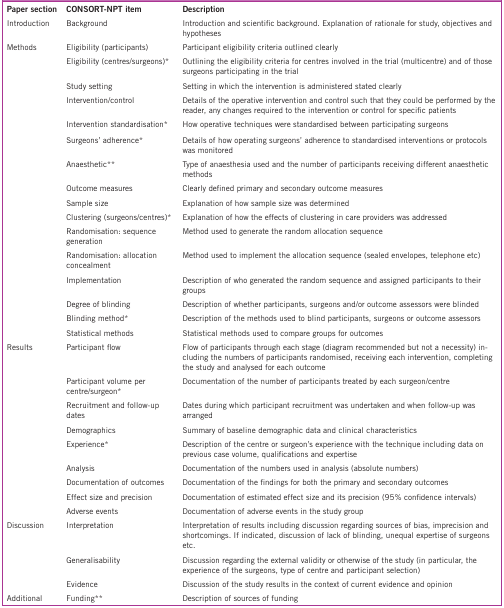
<table><thead><tr><td><b>Paper section</b></td><td><b>CONSORT-NPT item</b></td><td><b>Description</b></td></tr></thead><tbody><tr><td>Introduction</td><td>Background</td><td>Introduction and scientific background. Explanation of rationale for study, objectives and hypotheses</td></tr><tr><td>Methods</td><td>Eligibility (participants)</td><td>Participant eligibility criteria outlined clearly</td></tr><tr><td> </td><td>Eligibility (centres/surgeons)*</td><td>Outlining the eligibility criteria for centres involved in the trial (multicentre) and of those surgeons participating in the trial</td></tr><tr><td> </td><td>Study setting</td><td>Setting in which the intervention is administered stated clearly</td></tr><tr><td> </td><td>Intervention/control</td><td>Details of the operative intervention and control such that they could be performed by the reader, any changes required to the intervention or control for specific patients</td></tr><tr><td> </td><td>Intervention standardisation*</td><td>How operative techniques were standardised between participating surgeons</td></tr><tr><td> </td><td>Surgeons’ adherence*</td><td>Details of how operating surgeons’ adherence to standardised interventions or protocols was monitored</td></tr><tr><td> </td><td>Anaesthetic**</td><td>Type of anaesthesia used and the number of participants receiving different anaesthetic methods</td></tr><tr><td> </td><td>Outcome measures</td><td>Clearly defined primary and secondary outcome measures</td></tr><tr><td> </td><td>Sample size</td><td>Explanation of how sample size was determined</td></tr><tr><td> </td><td>Clustering (surgeons/centres)*</td><td>Explanation of how the effects of clustering in care providers was addressed</td></tr><tr><td> </td><td>Randomisation: sequence generation</td><td>Method used to generate the random allocation sequence</td></tr><tr><td> </td><td>Randomisation: allocation concealment</td><td>Method used to implement the allocation sequence (sealed envelopes, telephone etc)</td></tr><tr><td> </td><td>Implementation</td><td>Description of who generated the random sequence and assigned participants to their groups</td></tr><tr><td> </td><td>Degree of blinding</td><td>Description of whether participants, surgeons and/or outcome assessors were blinded</td></tr><tr><td> </td><td>Blinding method*</td><td>Description of the methods used to blind participants, surgeons or outcome assessors</td></tr><tr><td> </td><td>Statistical methods</td><td>Statistical methods used to compare groups for outcomes</td></tr><tr><td>Results</td><td>Participant flow</td><td>Flow of participants through each stage (diagram recommended but not a necessity) including the numbers of participants randomised, receiving each intervention, completing the study and analysed for each outcome</td></tr><tr><td> </td><td>Participant volume per centre/surgeon*</td><td>Documentation of the number of participants treated by each surgeon/centre</td></tr><tr><td> </td><td>Recruitment and follow-up dates</td><td>Dates during which participant recruitment was undertaken and when follow-up was arranged</td></tr><tr><td> </td><td>Demographics</td><td>Summary of baseline demographic data and clinical characteristics</td></tr><tr><td> </td><td>Experience*</td><td>Description of the centre or surgeon&#x27;s experience with the technique including data on previous case volume, qualifications and expertise</td></tr><tr><td> </td><td>Analysis</td><td>Documentation of the numbers used in analysis (absolute numbers)</td></tr><tr><td> </td><td>Documentation of outcomes</td><td>Documentation of the findings for both the primary and secondary outcomes</td></tr><tr><td> </td><td>Effect size and precision</td><td>Documentation of estimated effect size and its precision (95% confidence intervals)</td></tr><tr><td> </td><td>Adverse events</td><td>Documentation of adverse events in the study group</td></tr><tr><td>Discussion</td><td>Interpretation</td><td>Interpretation of results including discussion regarding sources of bias, imprecision and shortcomings. If indicated, discussion of lack of blinding, unequal expertise of surgeons etc.</td></tr><tr><td> </td><td>Generalisability</td><td>Discussion regarding the external validity or otherwise of the study (in particular, the experience of the surgeons, type of centre and participant selection)</td></tr><tr><td> </td><td>Evidence</td><td>Discussion of the study results in the context of current evidence and opinion</td></tr><tr><td>Additional</td><td>Funding**</td><td>Description of sources of funding</td></tr></tbody></table>